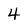
Character: 4